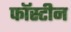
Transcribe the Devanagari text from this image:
फॉस्टीन